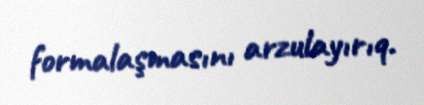
formalaşmasını arzulayırıq.